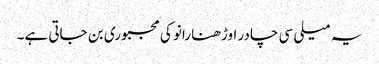
یہ میلی سی چادر اوڑھنا رانو کی مجبوری بن جاتی ہے۔